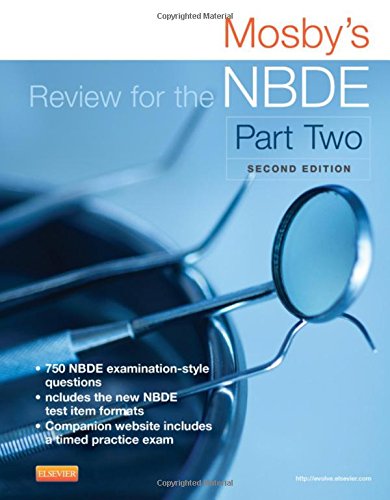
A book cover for Mosby's Review for the NBDE Part II, 2e (Mosby's Review for the Nbde: Part 2 (National Board Dental Examination)); Mosby; Test Preparation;